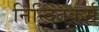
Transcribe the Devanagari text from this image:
निन्दितकर्म